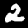
Label: 2